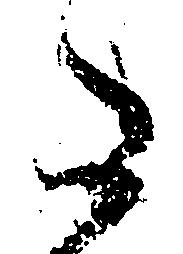
た